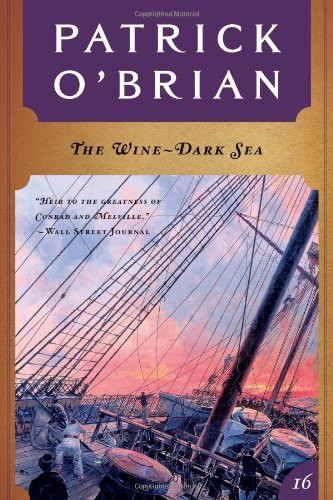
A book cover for The Wine-Dark Sea (Vol. Book 16)  (Aubrey/Maturin Novels); Patrick O'Brian; Literature & Fiction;